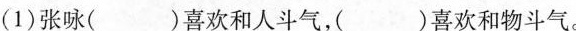
(1)张咏( )喜欢和人斗气，( )喜欢和物斗气。